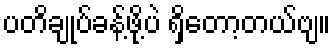
ပတိချုပ်ခန့်ဖို့ပဲ ရှိတော့တယ်ဗျ။